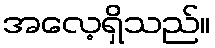
အလေ့ရှိသည်။